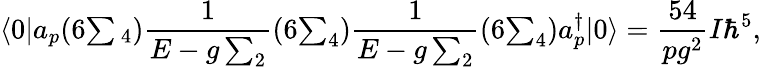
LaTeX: \langle 0|a_{p}(6{\textstyle\sum{}_{4}}){\frac{1}{E-g\sum_{2}}}(6{\textstyle\sum_{4}}){\frac{1}{E-g\sum_{2}}}(6{\textstyle\sum_{4}})a_{p}^{\dagger}|0\rangle={\frac{54}{pg^{2}}}I\hbar^{5},